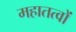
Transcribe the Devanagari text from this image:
महातत्वों